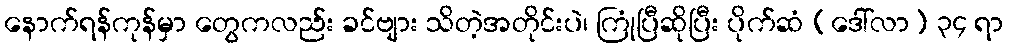
နောက်ရန်ကုန်မှာ တွေကလည်း ခင်ဗျား သိတဲ့အတိုင်းပဲ၊ ကြုံပြီဆိုပြီး ပိုက်ဆံ (ဒေါ်လာ) ၃၄ ရာ